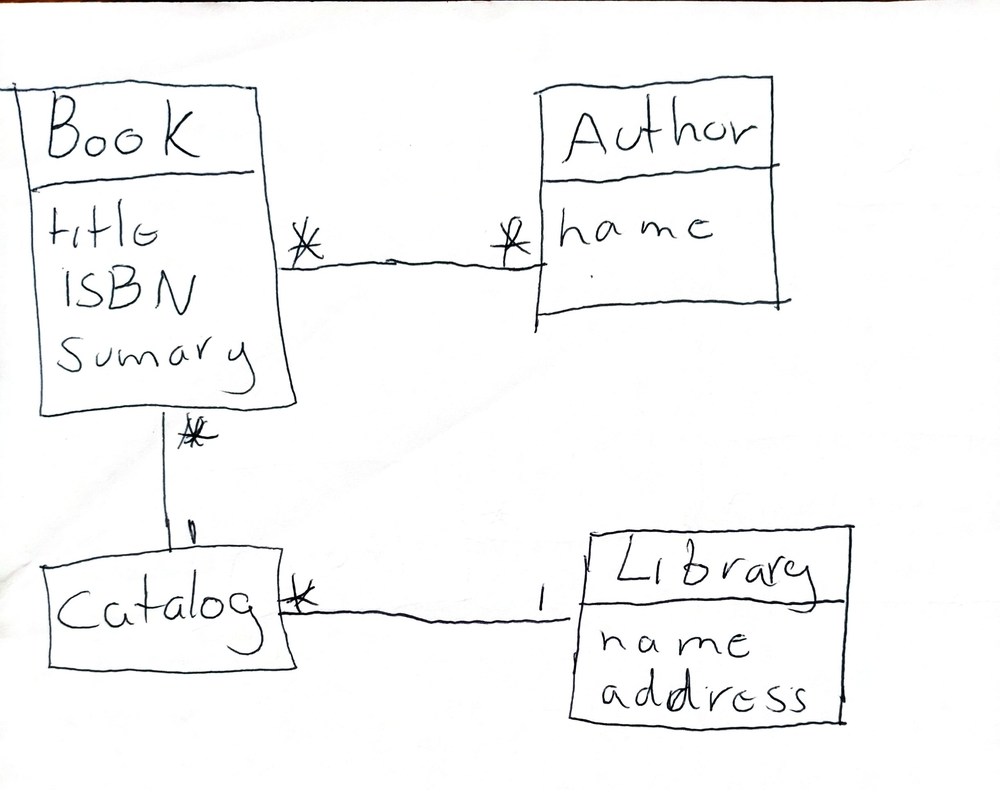
Diagram type: class_diagram
```plantuml
@startuml

class Book {
  title
  ISBN
  sumary
}

class Author {
  name
}

class Catalog

class Library {
  name
  address
}

Book "*" -- "*" Author
Book "*" -- "1" Catalog

Catalog "*" -- "1" Library

@enduml
```